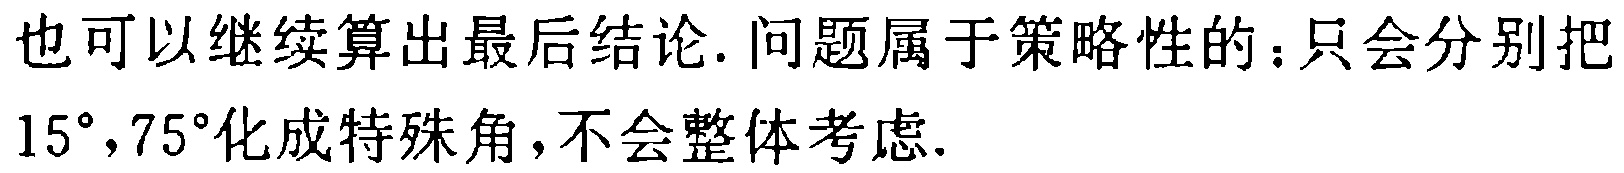
也可以继续算出最后结论. 问题属于策略性的：只会分别把$15^{\circ},75^{\circ}$化成特殊角，不会整体考虑.